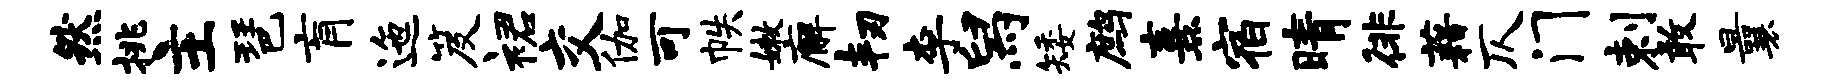
然挑主琶肓迤笈裙交伽可帙嫩廨韧李舄矮鹧熹宿晴徘藉仄门剌敢曩